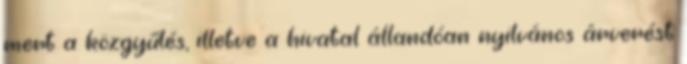
mert a közgyűlés, illetve a hivatal állandóan nyilvános árverést